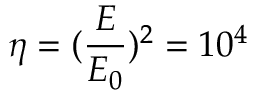
\eta = ( \frac { E } { E _ { 0 } } ) ^ { 2 } = 1 0 ^ { 4 }